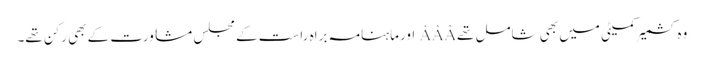
وہ کشمیر کمیٹی میں بھی شامل تھےÂÂÂ اورماہنامہ براہ راست کے مجلس مشاورت کے بھی رکن تھے۔